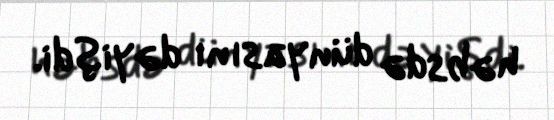
həbsdə dünyasını dəyişdi.